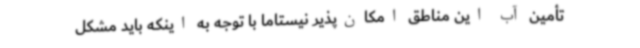
تأمین آب این مناطق امکان‌پذیر نیستاما با توجه به اینکه باید مشکل